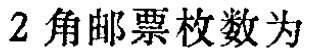
$2角邮票枚数为$